Scientific memoirs by medical officers of the Army of India - Part X,
Year: 1897
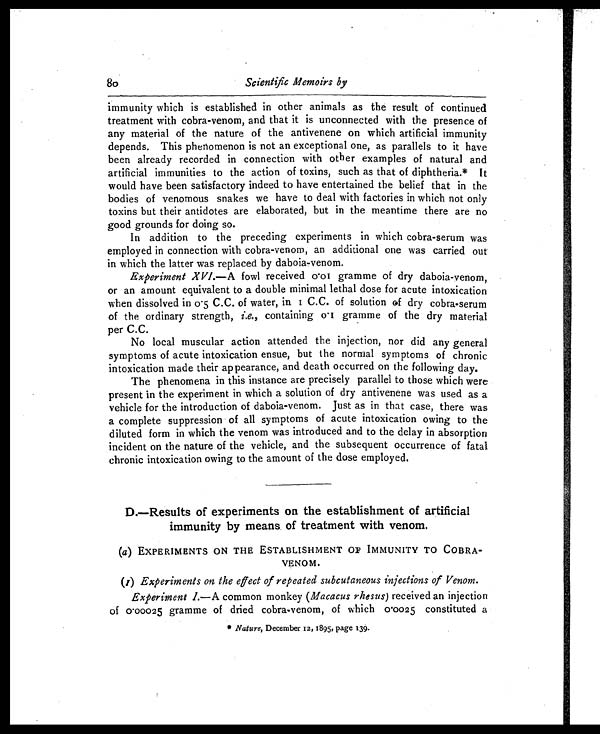
80
Scientific Memoirs by
immunity which is established in other animals as the result of continued
treatment with cobra-venom, and that it is unconnected with the presence of
any material of the nature of the antivenene on which artificial immunity
depends. This phenomenon is not an exceptional one, as parallels to it have
been already recorded in connection with other examples of natural and
artificial immunities to the action of toxins, such as that of diphtheria.* It
would have been satisfactory indeed to have entertained the belief that in the
bodies of venomous snakes we have to deal with factories in which not only
toxins but their antidotes are elaborated, but in the meantime there are no
good grounds for doing so.
In addition to the preceding experiments in which cobra-serum was
employed in connection with cobra-venom, an additional one was carried out
in which the latter was replaced by daboia-venom.
Experiment XVI.— A fowl received 0.01 gramme of dry daboia-venom,
or an amount equivalent to a double minimal lethal dose for acute intoxication
when dissolved in 0.5 C.C. of water, in 1 C.C. of solution of dry cobra-serum
of the ordinary strength, i.e., containing 0.1 gramme of the dry material
per C.C.
No local muscular action attended the injection, nor did any general
symptoms of acute intoxication ensue, but the normal symptoms of chronic
intoxication made their appearance, and death occurred on the following day.
The phenomena in this instance are precisely parallel to those which were
present in the experiment in which a solution of dry antivenene was used as a
vehicle for the introduction of daboia-venom. Just as in that case, there was
a complete suppression of all symptoms of acute intoxication owing to the
diluted form in which the venom was introduced and to the delay in absorption
incident on the nature of the vehicle, and the subsequent occurrence of fatal
chronic intoxication owing to the amount of the dose employed.
D.—Results of experiments on the establishment of artificial
immunity by means of treatment with venom.
(a ) EXPERIMENTS ON THE ESTABLISHMENT OF IMMUNITY TO COBRA-
VENOM.
(1) Experiments on the elect of repeated subcutaneous injections of Venom.
Experiment I. —A common monkey ( Macacus rhesus) received an injection
of 0.00025 gramme of dried cobra-venom, of which 0.0025 constituted a
* Nature, December 12, 1895, page 139.